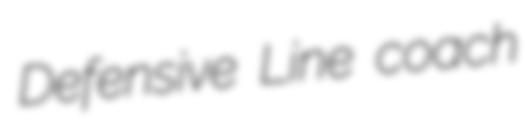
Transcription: Defensive Line coach